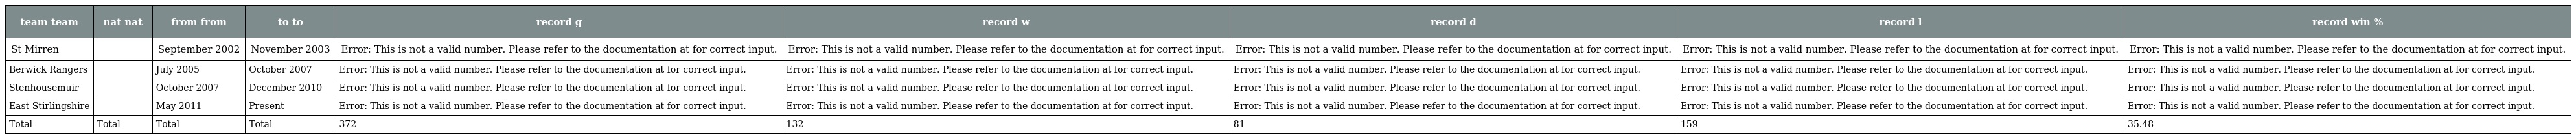
| team team | nat nat | from from | to to | record g | record w | record d | record l | record win % |
 | --- | --- | --- | --- | --- | --- | --- | --- | --- |
 | St Mirren |  | September 2002 | November 2003 | Error: This is not a valid number. Please refer to the documentation at for correct input. | Error: This is not a valid number. Please refer to the documentation at for correct input. | Error: This is not a valid number. Please refer to the documentation at for correct input. | Error: This is not a valid number. Please refer to the documentation at for correct input. | Error: This is not a valid number. Please refer to the documentation at for correct input. |
 | Berwick Rangers |  | July 2005 | October 2007 | Error: This is not a valid number. Please refer to the documentation at for correct input. | Error: This is not a valid number. Please refer to the documentation at for correct input. | Error: This is not a valid number. Please refer to the documentation at for correct input. | Error: This is not a valid number. Please refer to the documentation at for correct input. | Error: This is not a valid number. Please refer to the documentation at for correct input. |
 | Stenhousemuir |  | October 2007 | December 2010 | Error: This is not a valid number. Please refer to the documentation at for correct input. | Error: This is not a valid number. Please refer to the documentation at for correct input. | Error: This is not a valid number. Please refer to the documentation at for correct input. | Error: This is not a valid number. Please refer to the documentation at for correct input. | Error: This is not a valid number. Please refer to the documentation at for correct input. |
 | East Stirlingshire |  | May 2011 | Present | Error: This is not a valid number. Please refer to the documentation at for correct input. | Error: This is not a valid number. Please refer to the documentation at for correct input. | Error: This is not a valid number. Please refer to the documentation at for correct input. | Error: This is not a valid number. Please refer to the documentation at for correct input. | Error: This is not a valid number. Please refer to the documentation at for correct input. |
 | Total | Total | Total | Total | 372 | 132 | 81 | 159 | 35.48 |